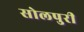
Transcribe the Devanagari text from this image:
सोलपुरी